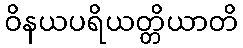
ဝိနယပရိယတ္တိယာတိ